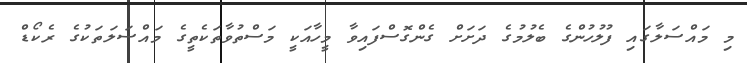
މި މައްސަލާގައި ފުލުހުންގެ ބެލުމުގެ ދަށަށް ގެންގޮސްފައިވާ މީހާއަކީ މަސްތުވާތަކެތީގެ މައްސަލަތަކުގެ ރެކޯޑް